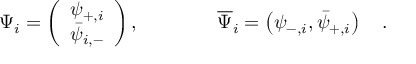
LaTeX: \Psi _ { i } = \left( \begin{array} { l } { { \psi _ { + , i } } } \\ { { \bar { \psi } _ { i , - } } } \end{array} \right) , \qquad \qquad \overline { { { \Psi } } } _ { i } = \left( \psi _ { - , i } , \bar { \psi } _ { + , i } \right) \quad .